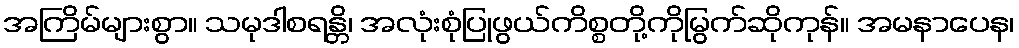
အကြိမ်များစွာ။ သမုဒါစရန္တိ၊ အလုံးစုံပြုဖွယ်ကိစ္စတို့ကိုမြွက်ဆိုကုန်။ အမနာပေန၊